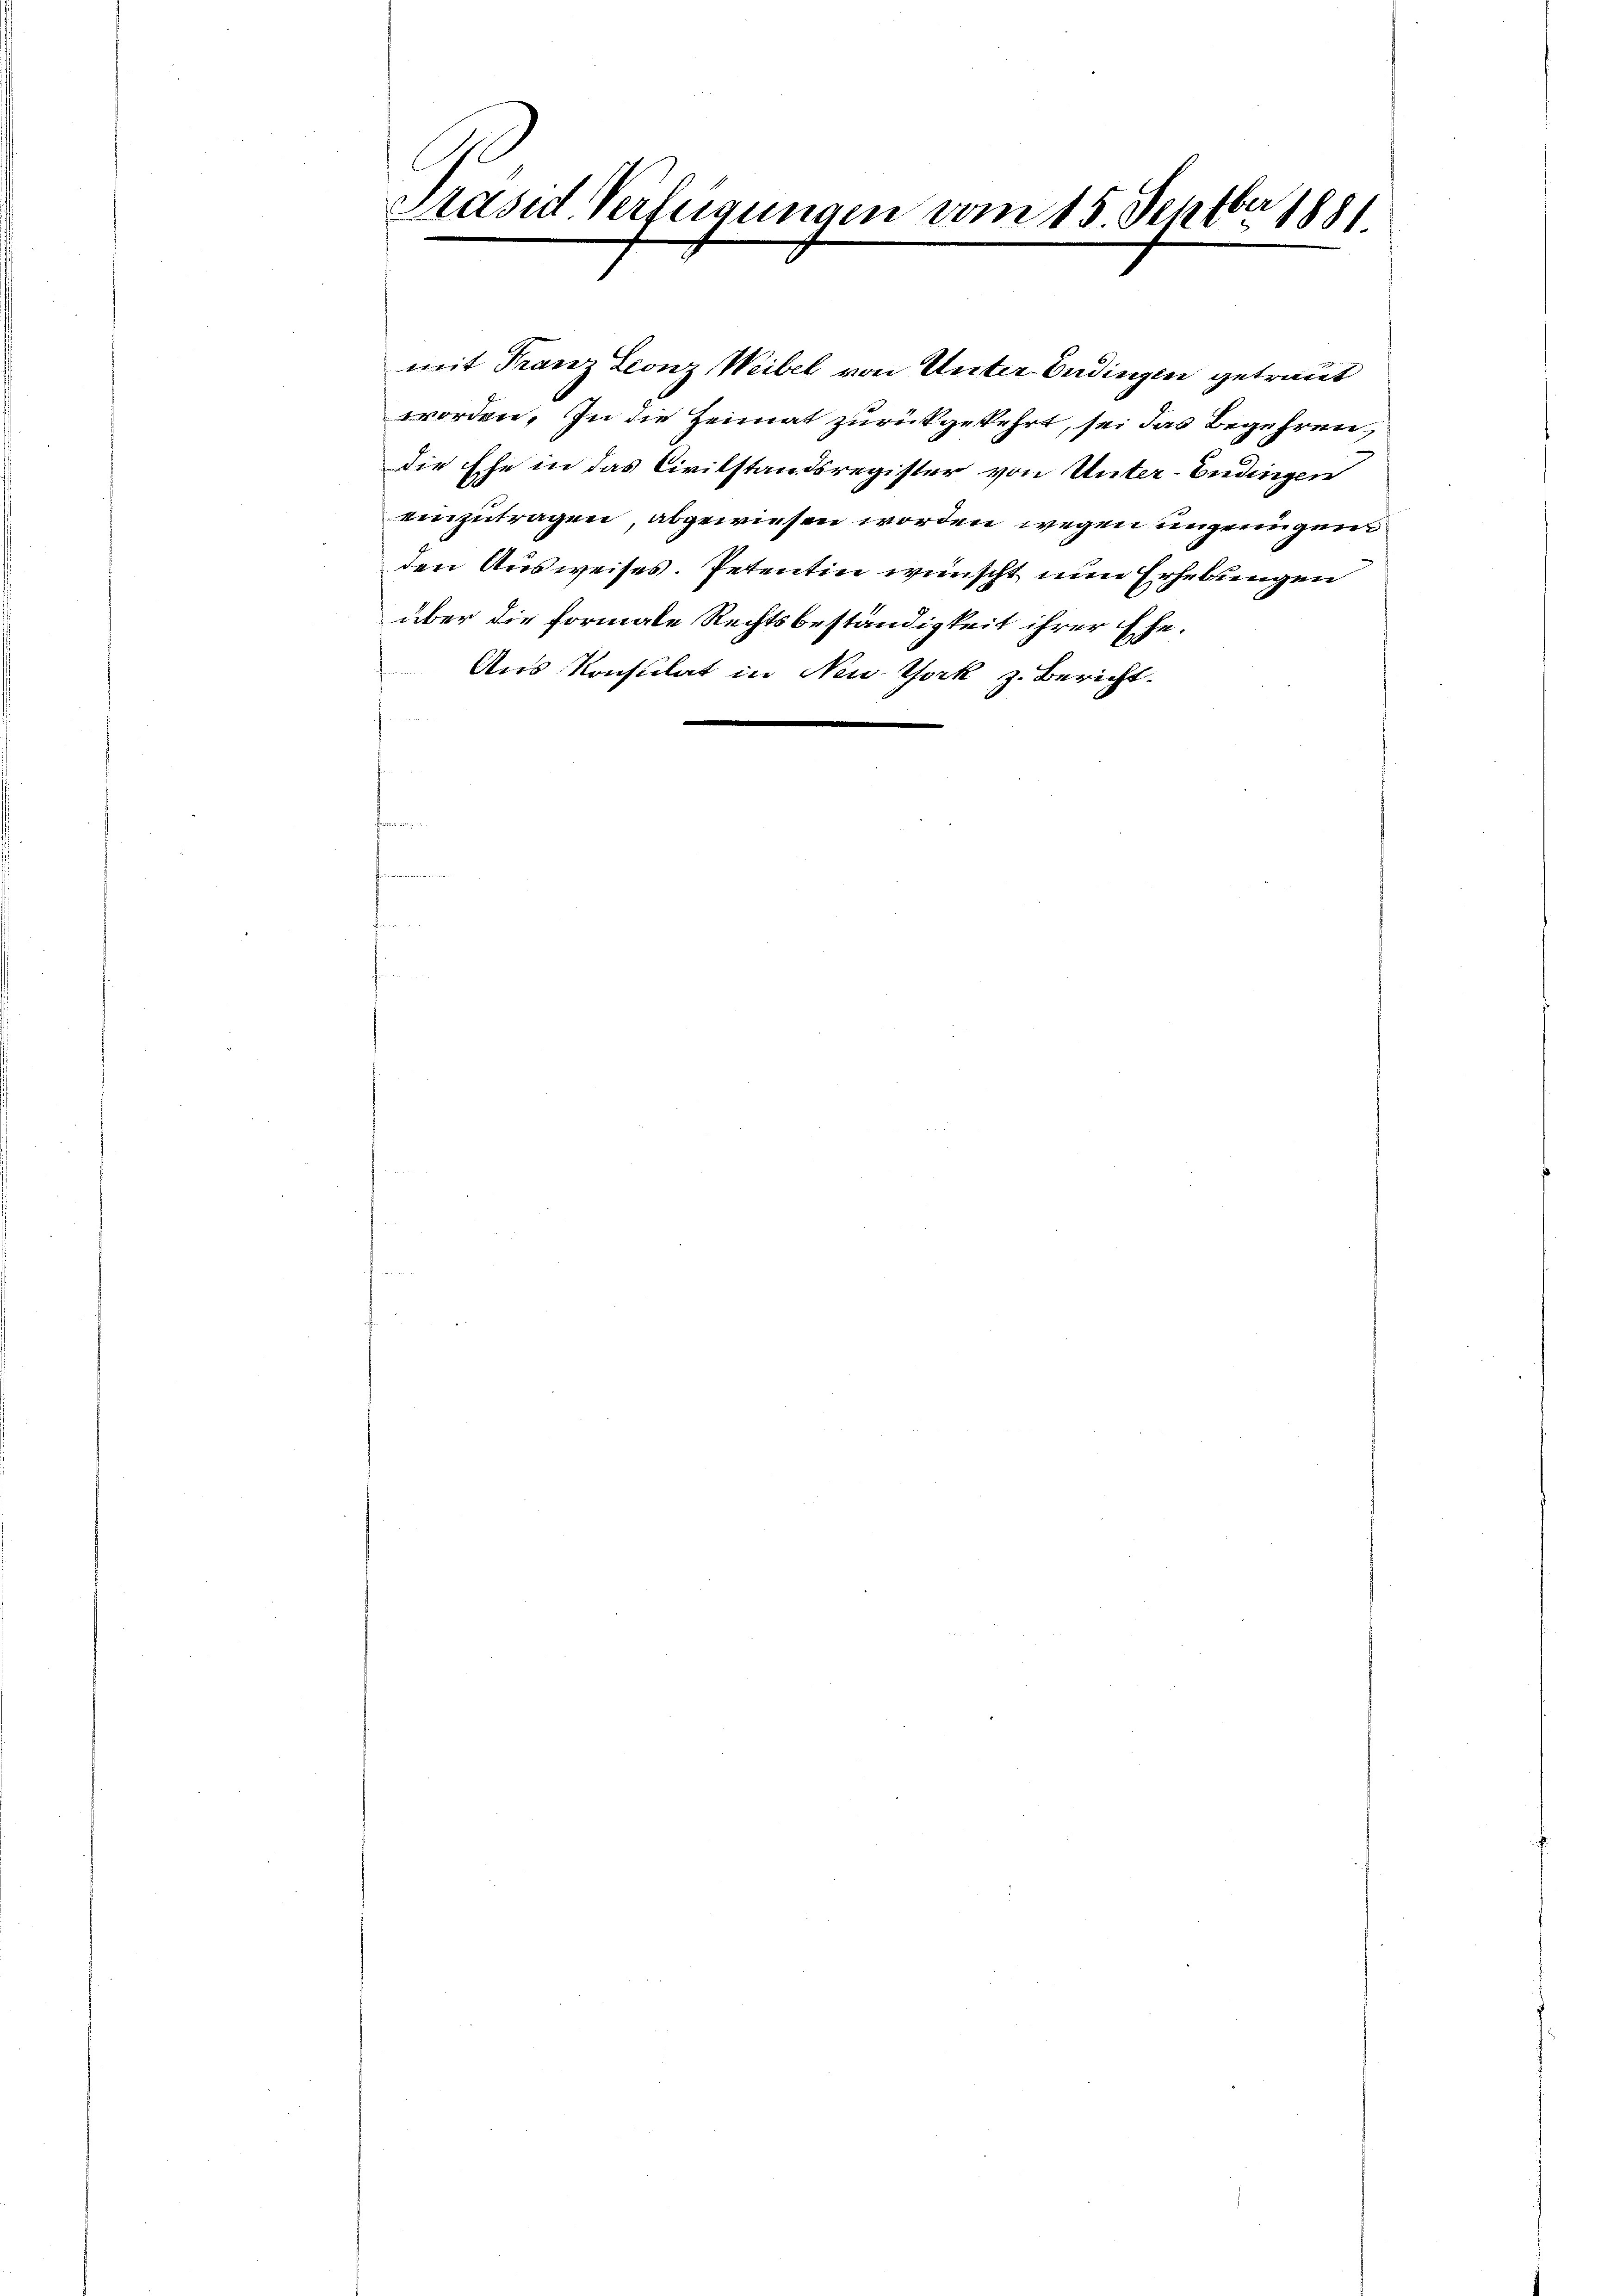
ber
Präsid. Verfeigungen vom 15. Sept. 1881.

über die formale Rechtsbeständigkeit ihrer Ehe.
Aus Konsulat in New York z. Bericht.

mit Franz Leonz Weibel von Unter-Endingen getraut
worden. In die Heimat zurückgekehrt, sei das Begehren,
die Ehe in das Civilstandsregister von Unter-Endingen
einzutragen, abgewiesen worden wegen ungenügen
den Ausweises. Petentin wünscht nun Erhebungen